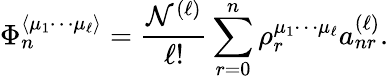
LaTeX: \Phi_{n}^{\langle\mu_{1}\cdots\mu_{\ell}\rangle}=\frac{\mathcal{N}^{(\ell)}}{\ell!}\sum_{r=0}^{n}\rho_{r}^{\mu_{1}\cdots\mu_{\ell}}a_{nr}^{(\ell)}.